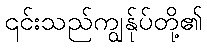
၎င်းသည်ကျွန်ုပ်တို့၏